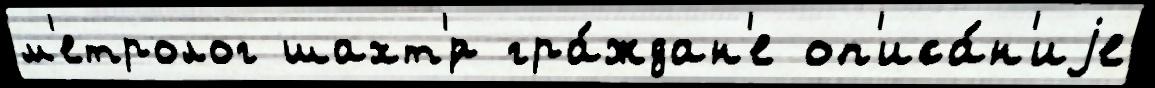
м'етролог шахт'́р гра́ждан'е оп'иса́н'иjе